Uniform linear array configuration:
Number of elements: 32
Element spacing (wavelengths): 0.5
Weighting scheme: binomial
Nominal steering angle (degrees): -30
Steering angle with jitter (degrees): -28.953
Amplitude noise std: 0.05
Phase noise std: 0.05

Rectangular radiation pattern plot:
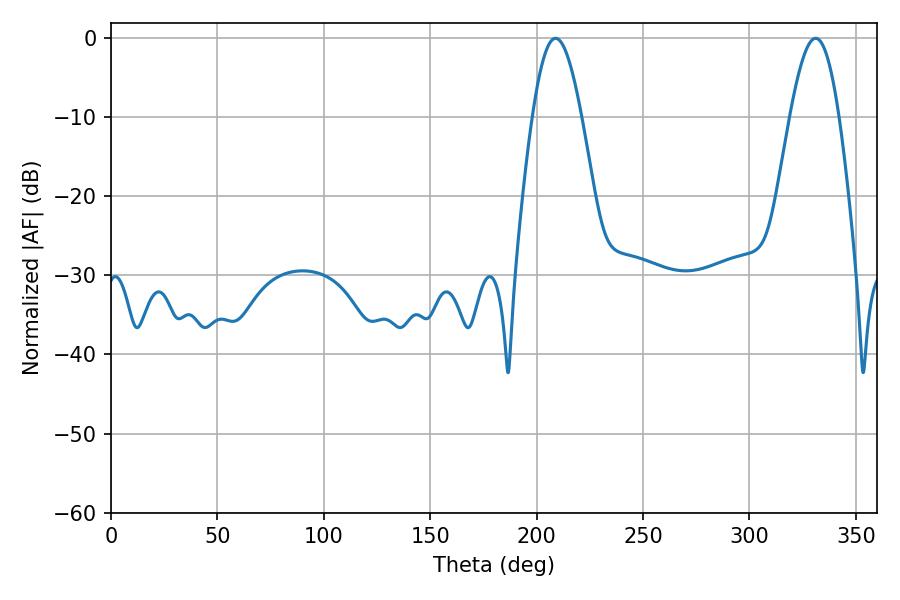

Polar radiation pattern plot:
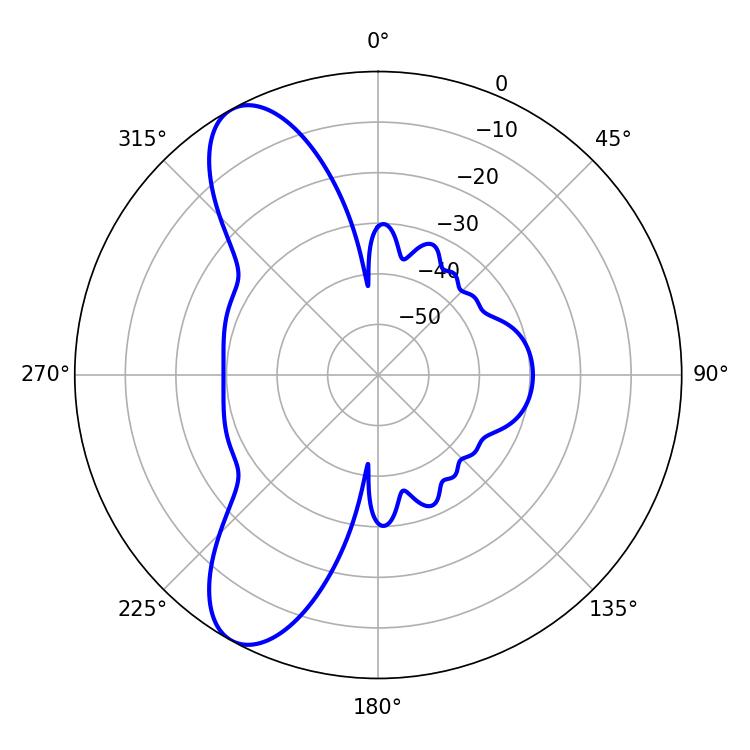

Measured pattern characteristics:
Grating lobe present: FALSE
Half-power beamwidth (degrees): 12.42
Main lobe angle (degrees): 208.98